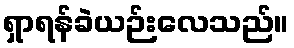
ရှာရန်ခဲယဉ်းလေသည်။